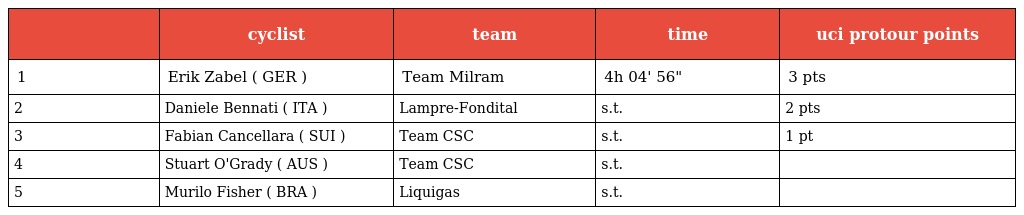
|  | cyclist | team | time | uci protour points |
 | --- | --- | --- | --- | --- |
 | 1 | Erik Zabel ( GER ) | Team Milram | 4h 04' 56" | 3 pts |
 | 2 | Daniele Bennati ( ITA ) | Lampre-Fondital | s.t. | 2 pts |
 | 3 | Fabian Cancellara ( SUI ) | Team CSC | s.t. | 1 pt |
 | 4 | Stuart O'Grady ( AUS ) | Team CSC | s.t. |  |
 | 5 | Murilo Fisher ( BRA ) | Liquigas | s.t. |  |